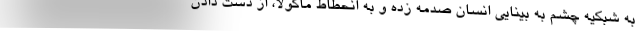
به شبکیه چشم به بینایی انسان صدمه زده و به انحطاط ماکولا، از دست دادن